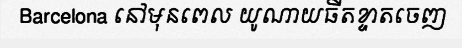
Barcelona នៅមុនពេល យូណាយធីតខ្ទាតចេញ